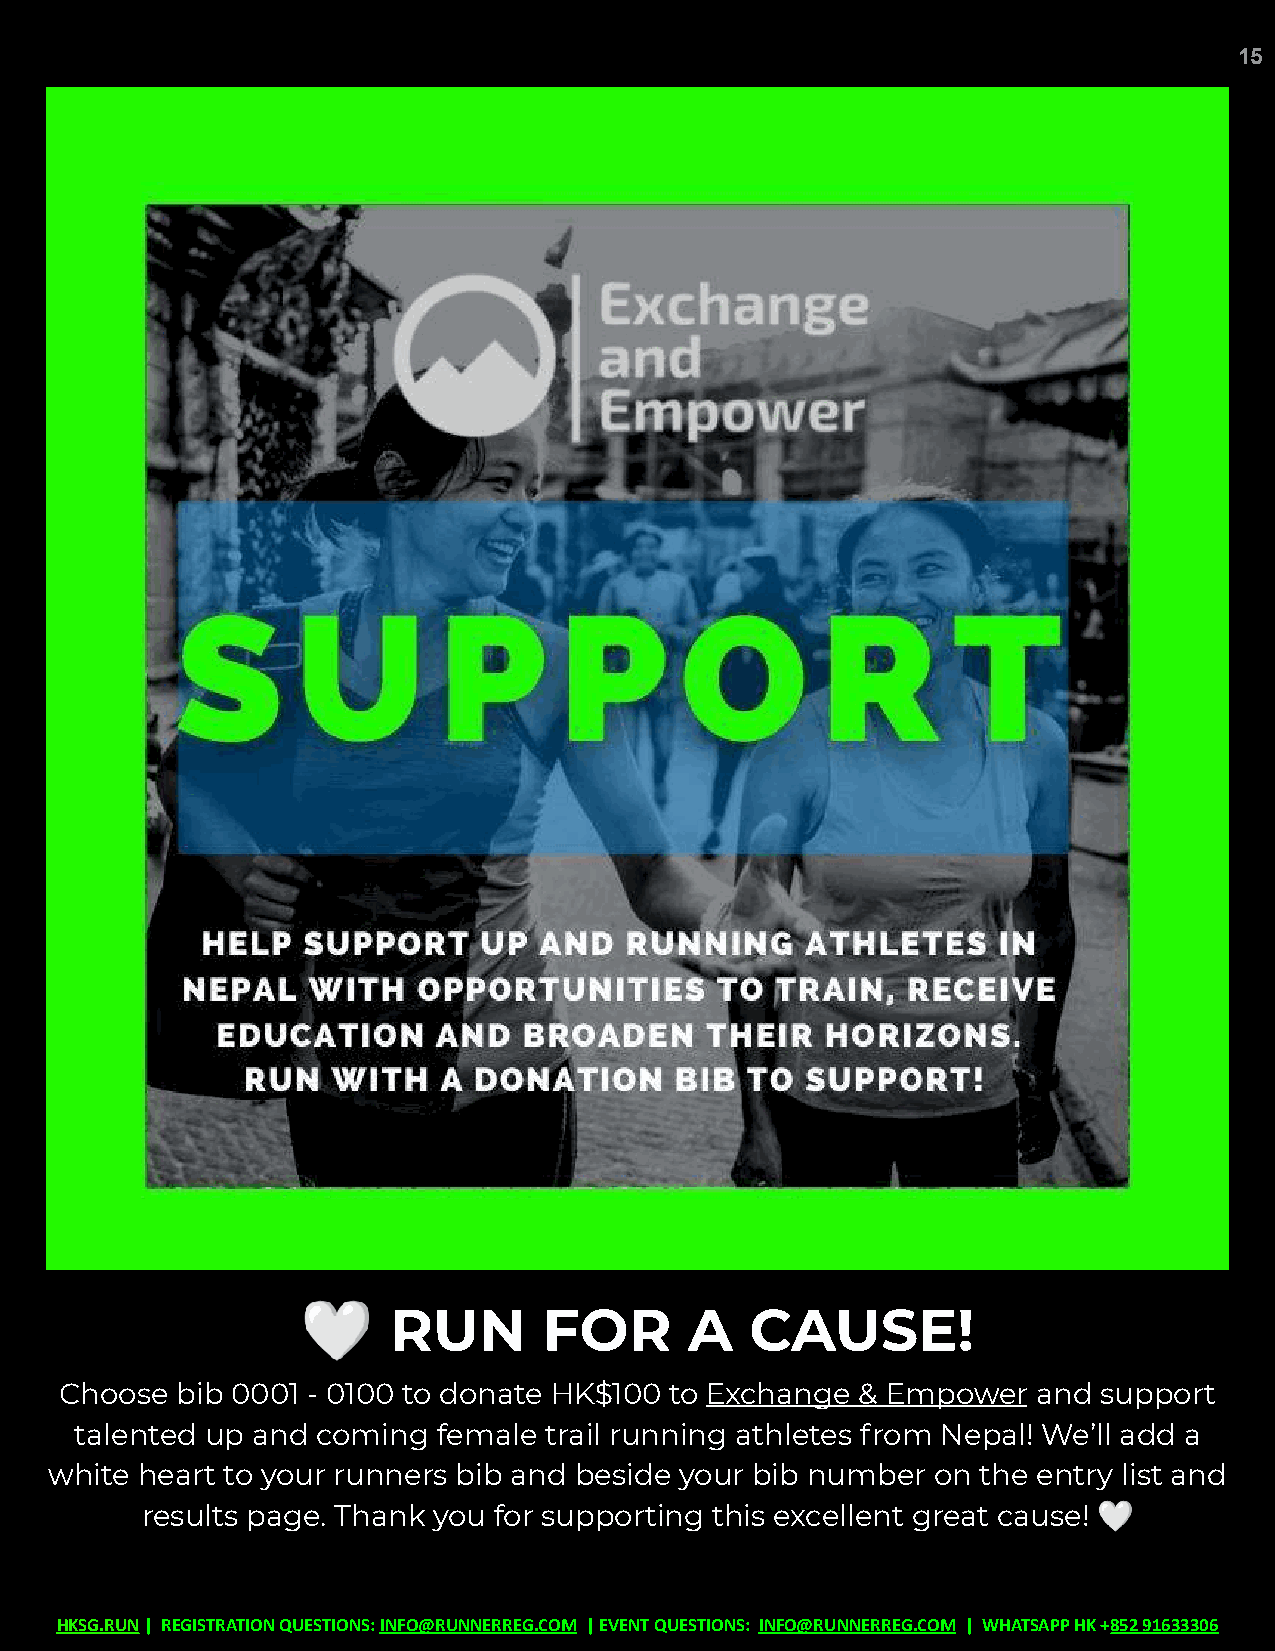
15
 🤍
 RUN       FOR       A   CAUSE!
 Choose  bib 0001 - 0100 to donate HK$100 to Exchange & Empower   and support
 talented up and coming  female trail running athletes from Nepal! We’ll add a
 white heart to your runners bib and beside your bib number on the entry list and
 🤍
 results page. Thank you for supporting this excellent great cause!
 HKSG.RUN| REGISTRATION QUESTIONS:INFO@RUNNERREG.COM | EVENT QUESTIONS: INFO@RUNNERREG.COM | WHATSAPPHK+852 91633306